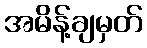
အမိန့်ချမှတ်